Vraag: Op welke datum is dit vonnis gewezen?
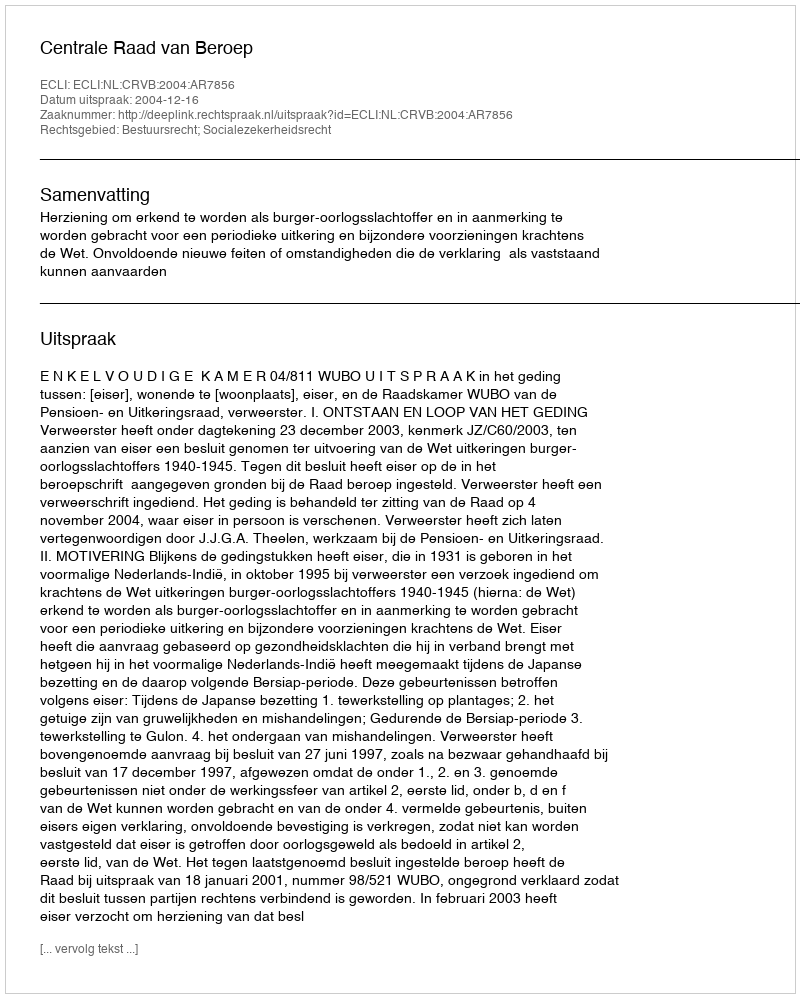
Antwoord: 2004-12-16